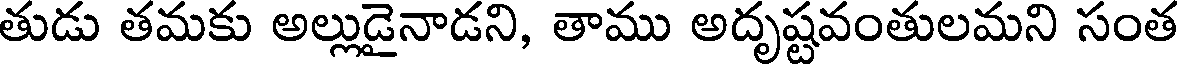
తుడు తమకు అల్లుడైనాడని, తాము అదృష్టవంతులమని సంత